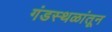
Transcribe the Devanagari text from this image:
गंडस्थळांतून